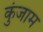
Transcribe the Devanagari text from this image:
कुंजाम